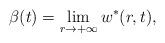
LaTeX: \begin{align*}\beta(t)=\lim_{r\to+\infty}w^*(r,t),\end{align*}